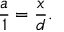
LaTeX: { \frac { a } { 1 } } = { \frac { x } { d } } .